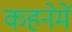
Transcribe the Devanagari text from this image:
कहनेमें